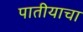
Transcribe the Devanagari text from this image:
पातीयाचा